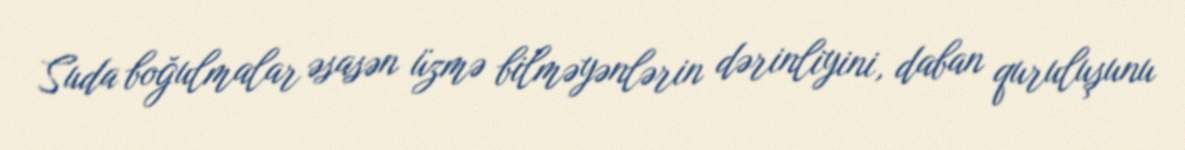
Suda boğulmalar əsasən üzmə bilməyənlərin dərinliyini, daban quruluşunu